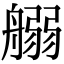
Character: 𦩸